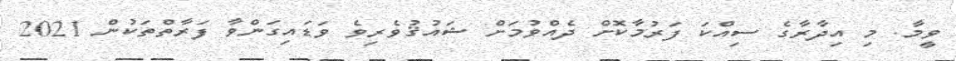
ވީމާ. މި އިދާރާގެ ސިއްކަ ފަރުމާކޮށް ދެއްވުމަށް ޝައުޤުވެރިވެ ވަޑައިގަންވާ ފަރާތްތަކުން 2021